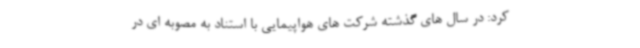
کرد: در سال های گذشته شرکت های هواپیمایی با استناد به مصوبه ای در